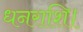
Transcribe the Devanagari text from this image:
धनराशि।